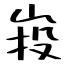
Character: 𡷠